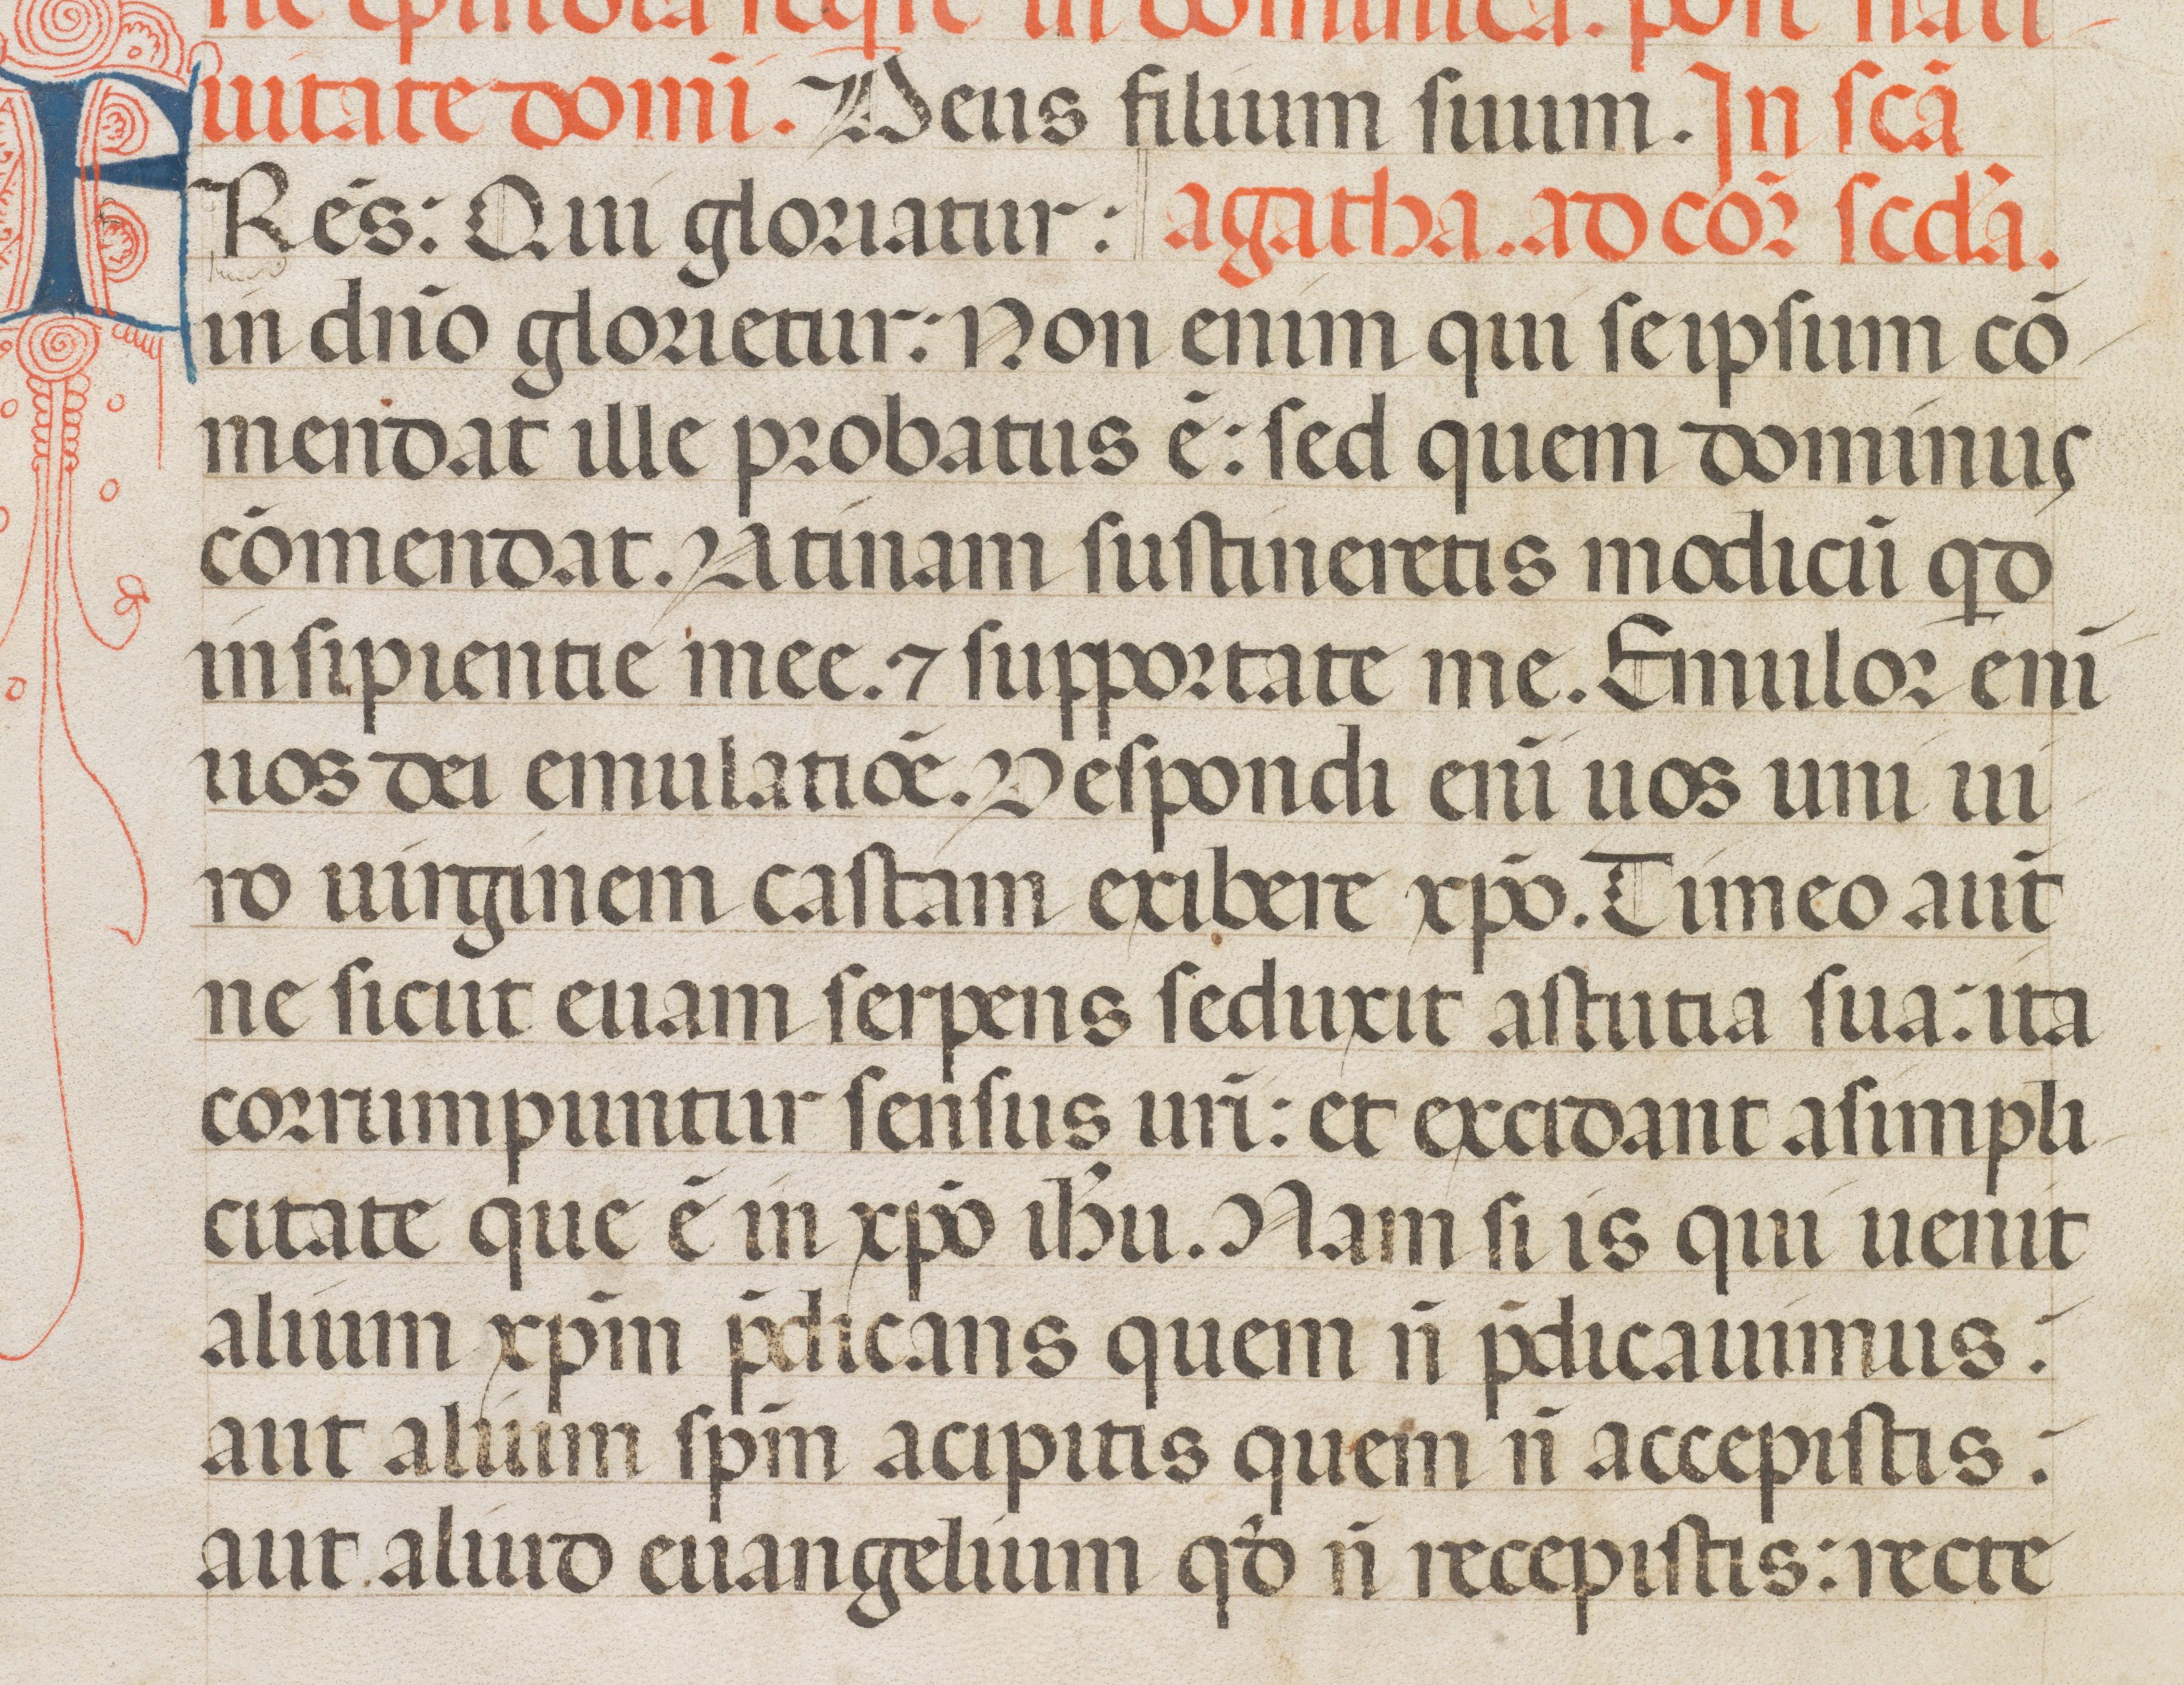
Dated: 1342–1342